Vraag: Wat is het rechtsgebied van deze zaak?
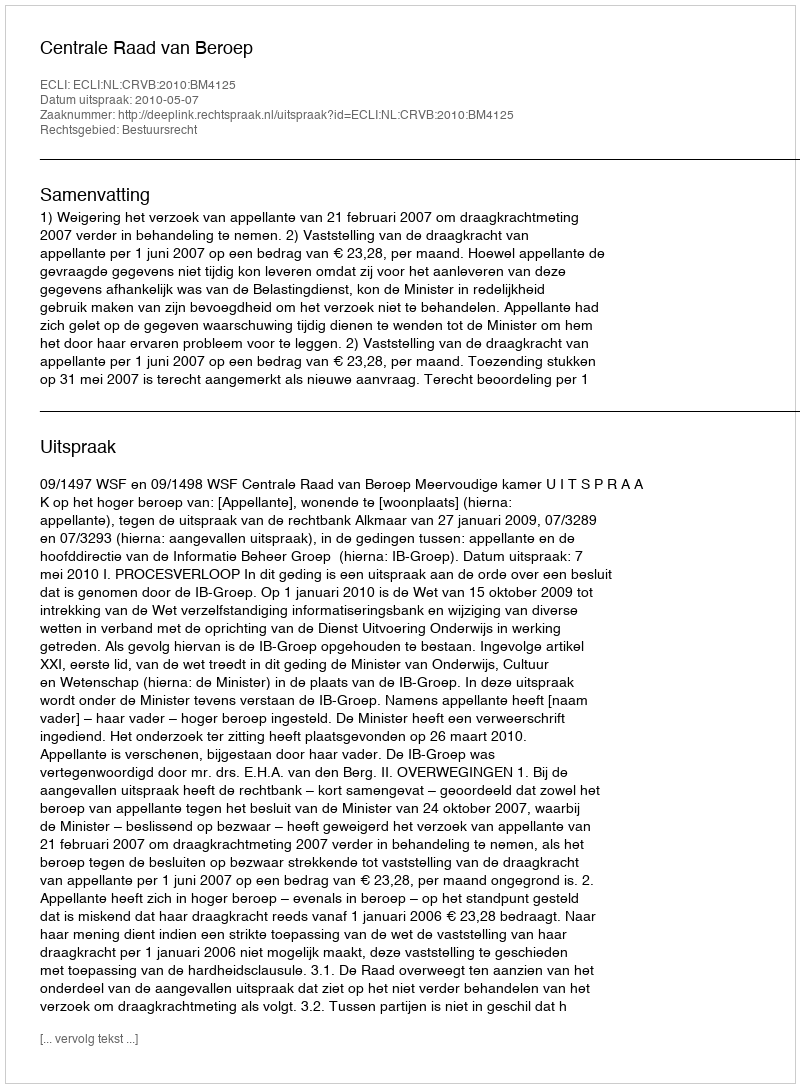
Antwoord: Bestuursrecht